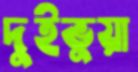
দুইভুয়া